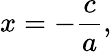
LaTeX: x=-{\frac{c}{a}},